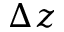
\Delta z